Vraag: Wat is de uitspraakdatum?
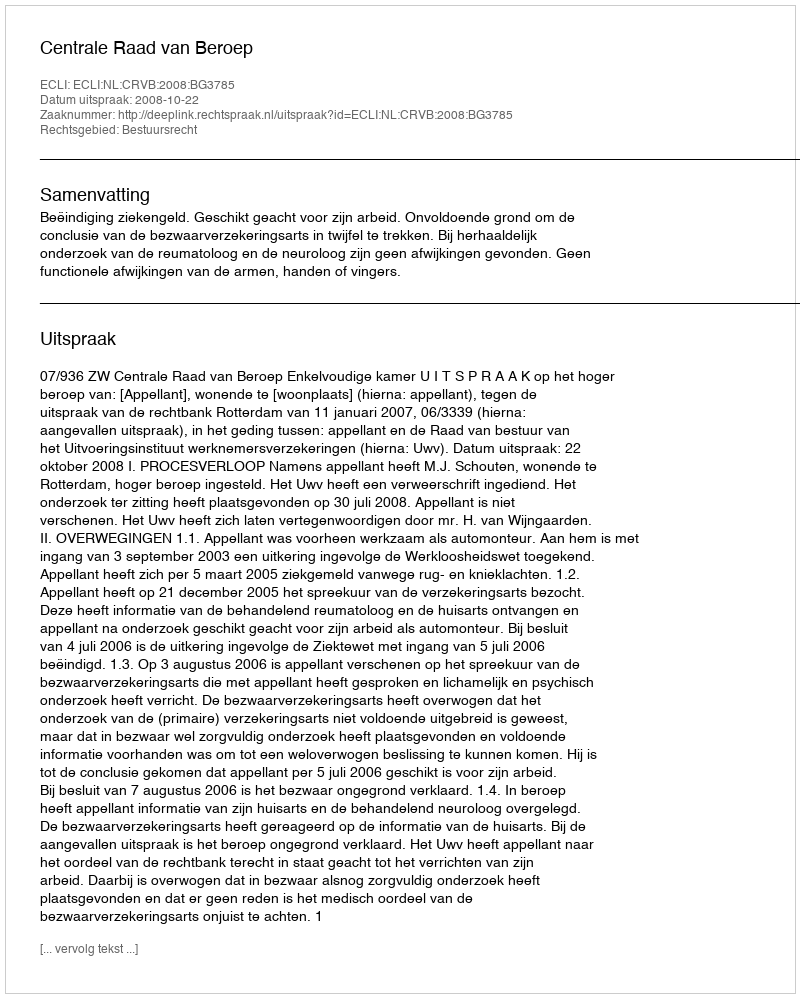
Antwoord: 2008-10-22